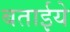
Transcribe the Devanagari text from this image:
बताईये